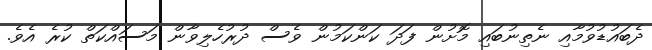
ދެބައުޑުވުމާއި ނެތިނުބައި މޮށުން ފަދަ ކަންކަމުން ވެސް ދުރުހެލިވާން މަސައްކަތް ކުރެ އެވެ.